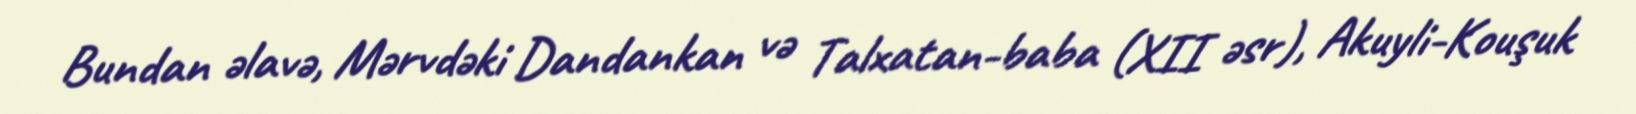
Bundan əlavə, Mərvdəki Dandankan və Talxatan-baba (XII əsr), Akuyli-Kouşuk